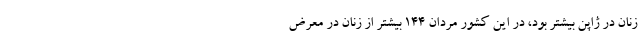
زنان در ژاپن بیشتر بود، در این کشور مردان ۱۴۴ بیشتر از زنان در معرض